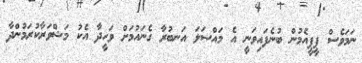
ނަމަވެސް ޕީޕީއެމުން ބުނެފައިވަނީ އެ މައްސަލަ އަނބުރާ ގެނައުމަށް ވަހީދާ އެކު މަޝްވަރާކުރަމުންދާ